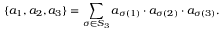
\{ a _ { 1 } , a _ { 2 } , a _ { 3 } \} = \sum _ { \sigma \in S _ { 3 } } a _ { \sigma ( 1 ) } \cdot a _ { \sigma ( 2 ) } \cdot a _ { \sigma ( 3 ) } .